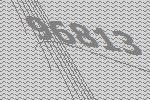
96813